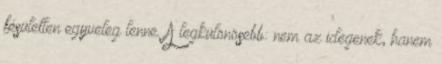
fésületlen egyveleg lenne. A legkülönösebb: nem az idegenek, hanem